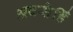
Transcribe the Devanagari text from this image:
अवसेहिँ